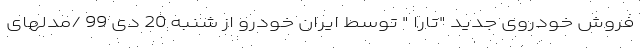
فروش خودروی جدید "تارا " توسط ایران خودرو از شنبه 20 دی 99 /مدلهای